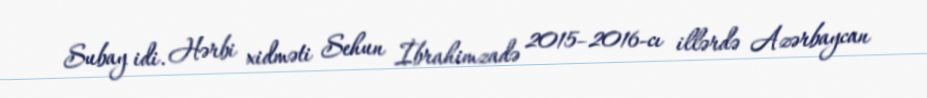
Subay idi. Hərbi xidməti Sehun İbrahimzadə 2015–2016-cı illərdə Azərbaycan